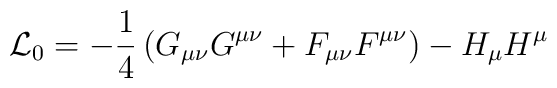
{\cal L}_0=-\frac 14\, (G_{\mu\nu}G^{\mu\nu}+F_{\mu\nu}F^{\mu\nu})        -H_\mu H^\mu